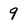
Character: 9